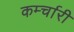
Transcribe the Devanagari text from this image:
कर्म्चारी